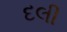
દલી